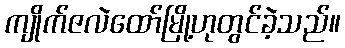
ကျိုက်ဇလဲထော်မြို့ဟုတွင်ခဲ့သည်။